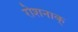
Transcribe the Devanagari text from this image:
रोशनाक्‌